Insane asylums in Bengal annual reports 1867-1875 - 1867-1875
Year: 1867
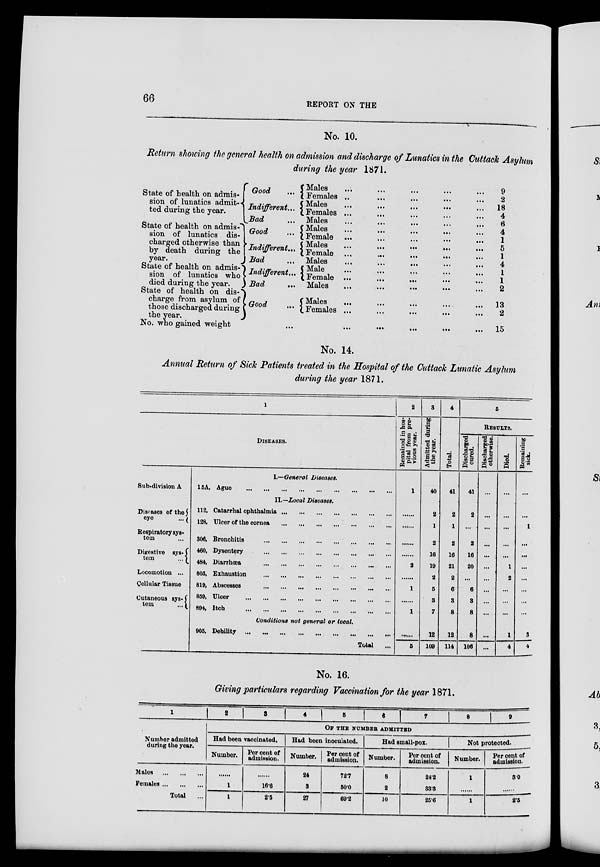
66
REPORT ON THE
No. 10.
Return showing the general health on admission and discharge of Lunatics in the Cuttack Asylum
during the year 1871.
State of health on admis-
sion of lunatics admit-
ted during the year.
State of health on admis-
sion of lunatics dis-
charged otherwise than
by death during the
year.
State of health on admis-
sion of lunatics who
died during the year.
State of health on dis-
charge from asylum of
those discharged during
the year.
Good ...
Indifferent...
Bad ...
Good ...
Indifferent...
Bad ...
Indifferent...
Bad
...
Good
...
No. who gained weight
...
Males
Females
Males
Females
Males
Males
Female
Males
Female
Males
Male
Female
Males
Males
Females
...
...
...
...
...
...
...
...
...
...
...
...
...
...
...
...
...
...
...
...
...
...
...
...
...
...
...
...
...
...
...
...
...
...
...
...
...
...
...
...
...
...
...
...
...
...
...
...
...
...
...
...
...
...
...
...
...
...
...
...
...
...
...
...
...
...
...
...
...
...
...
...
...
...
...
...
...
...
...
...
9
2
18
4
6
4
1
5
1
4
1
1
2
13
2
15
No. 14.
Annual Return of Sick Patients treated in the Hospital of the Cuttack Lunatic Asylum
during the year 1871.
1
Sub-division A
Diseases of the
eye
...
Respiratory sys-
tem
Digestive sys-
tem
...
Locomotion ...
Cellular Tissue
Cutaneous sys-
tem
...
DISEASES.
I.—General Diseases.
15A, Ague
...
...
...
...
...
...
...
...
...
II.—Local Diseases.
112, Catarrhal ophthalmia
...
...
...
...
...
...
...
128, Ulcer of the cornea
...
...
...
...
...
...
...
306, Bronchitis
...
...
...
...
...
...
...
...
460, Dysentery
...
...
...
...
...
...
...
...
484, Diarrhœa
...
...
...
...
...
...
...
...
803, Exhaustion
...
...
...
...
...
...
...
...
819, Abscesses
...
...
...
...
...
...
...
...
859, Ulcer
...
...
...
...
...
...
...
...
...
894, Itch
...
...
...
...
...
...
...
...
Conditions not general or local.
905, Debility
...
...
...
...
...
...
...
...
Total
...
2
Remained in hos-
pital from pre-
vious year.
1
......
......
2
......
1
1
......
5
3
Admitted during
the year.
40
2
1
2
16
19
2
5
3
7
12
109
4
Total.
41
2
1
2
16
21
2
6
3
8
12
114
5
RESULTS.
Discharged
cnred.
41
2
...
2
16
20
...
6
3
8
8
106
Discharged
otherwise.
...
...
...
...
...
...
...
...
...
...
...
...
Died.
...
...
...
...
...
1
2
...
...
...
1
4
Remaining
sick.
...
...
1
...
...
...
...
...
...
...
3
4
No. 16.
Giving particulars regarding Vaccination for the year 1871.
1
Number admitted
during the year.
Males ... ... ...
Females...
...
...
Total ...
2
3
4
5
6
7
8
9
OF THE NUMBER ADMITTED
Had been vaccinated.
Number.
......
1
1
Per cent of
admission.
......
16.6
2.5
Had been inoculated.
Number.
24
3
27
Per cent of
admission.
72.7
50.0
69.2
Had small-pox.
Number.
8
2
10
Per cent of
admission.
24.2
33.3
25.6
Not protected.
Number.
1
......
1
Per cent of
admission.
3.0
2.5